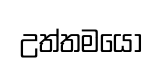
උත්තමයො